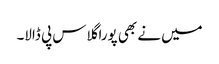
میں نے بھی پورا گلاس پی ڈالا۔